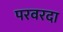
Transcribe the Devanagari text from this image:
परवरदा